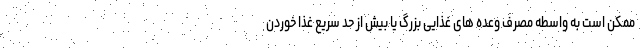
ممکن است به واسطه مصرف وعده های غذایی بزرگ یا بیش از حد سریع غذا خوردن